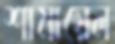
শামায়েল